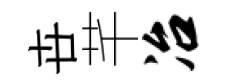
卋芊冶